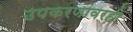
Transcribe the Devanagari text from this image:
उपकरणांवरही